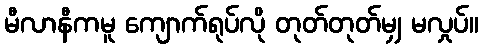
မီလာနီကမူ ကျောက်ရုပ်လို တုတ်တုတ်မျှ မလှုပ်။